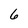
Character: 6